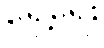
ရှေ့ရေး